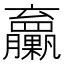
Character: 𦣔